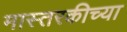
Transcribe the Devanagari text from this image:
मास्तरकीच्या